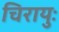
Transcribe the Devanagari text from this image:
चिरायुः